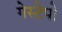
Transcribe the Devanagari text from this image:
गेस्टेपो